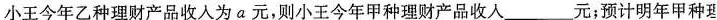
小王今年乙种理财产品收人为a元，则小王今年甲种理财产品收入___元；预计明年甲种理